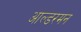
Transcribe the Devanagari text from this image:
आल्डरमन